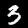
Digit: 3